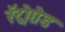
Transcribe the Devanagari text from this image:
रॅट्रोग्रेड